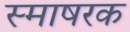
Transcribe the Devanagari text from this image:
स्माषरक